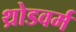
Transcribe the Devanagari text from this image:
थ्रोडवर्म